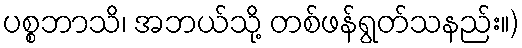
ပစ္စဘာသိ၊ အဘယ်သို့ တစ်ဖန်ရွတ်သနည်း။)